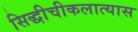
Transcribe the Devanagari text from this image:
सिद्धीचीकलात्यास